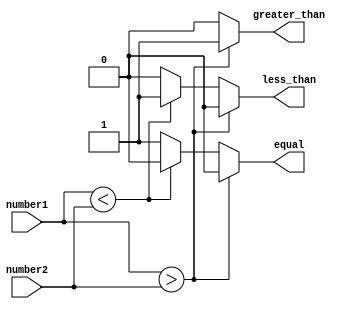
module signed_comparator (
    input signed [31:0] number1,
    input signed [31:0] number2,
    output reg greater_than,
    output reg less_than,
    output reg equal
);

always @(*) begin
    if (number1 > number2) begin
        greater_than = 1;
        less_than = 0;
        equal = 0;
    end else if (number1 < number2) begin
        greater_than = 0;
        less_than = 1;
        equal = 0;
    end else begin
        greater_than = 0;
        less_than = 0;
        equal = 1;
    end
end

endmodule